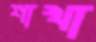
শাখা